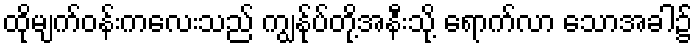
ထိုမျက်ဝန်းကလေးသည် ကျွန်ုပ်တို့အနီးသို့ ရောက်လာ သောအခါ၌